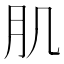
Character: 肌